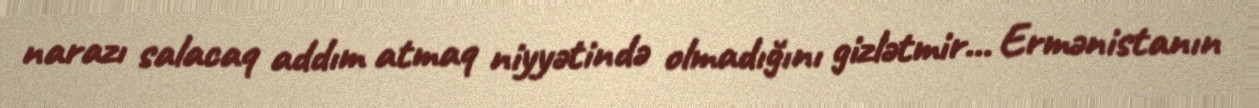
narazı salacaq addım atmaq niyyətində olmadığını gizlətmir... Ermənistanın